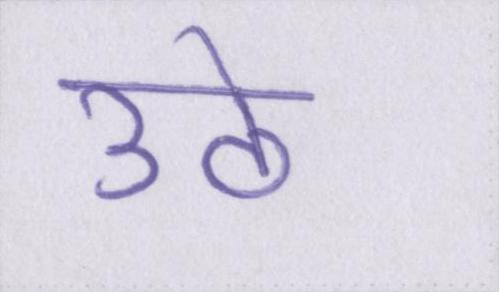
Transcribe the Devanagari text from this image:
उठे